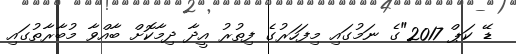
ޑޭ ކަޕް 2017"ގެ ނަމުގައި މިފަހަރުގެ ފިތުރު އީދާ ދިމާކޮށް ބާއްވާ މުބާރާތުގައި